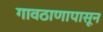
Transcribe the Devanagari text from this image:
गावठाणापासून